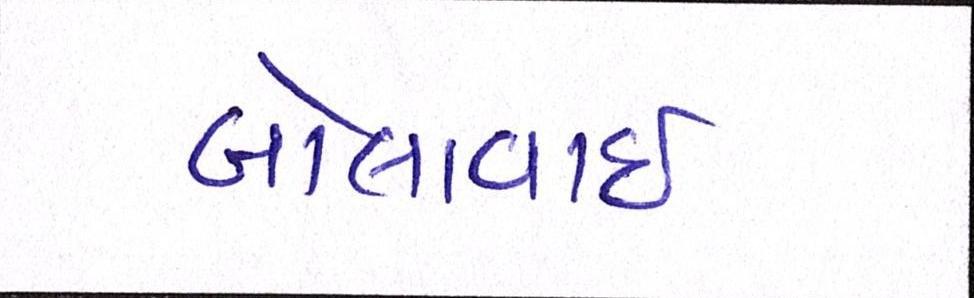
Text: બોલાવાઇ